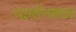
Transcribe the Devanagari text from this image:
राइशेनबाख़